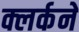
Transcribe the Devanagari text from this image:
क्लर्कने